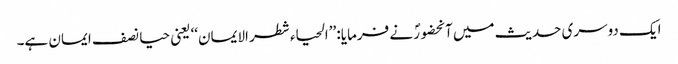
ایک دوسری حدیث میں آنحضورؐ نے فرمایا: ’’الحیاء شطر الایمان‘‘ یعنی حیا نصف ایمان ہے۔